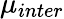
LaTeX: \mu_{inter}